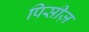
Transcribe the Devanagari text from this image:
पिसीज़